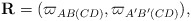
\begin{align*}\mathbf{R}=(\varpi _{AB(CD)},\varpi _{A^{\prime }B^{\prime }(CD)}),\end{align*}